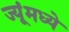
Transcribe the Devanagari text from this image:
ज्यूंमध्ये